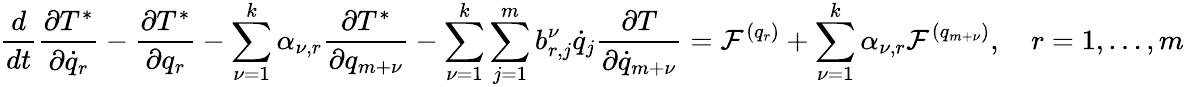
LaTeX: \frac{d}{dt}\frac{\partial T^{*}}{\partial{\dot{q}}_{r}}-\frac{\partial T^{*}}{\partial q_{r}}-\sum_{\nu=1}^{k}\alpha_{\nu,r}\frac{\partial T^{*}}{\partial q_{m+\nu}}-\sum_{\nu=1}^{k}\sum_{j=1}^{m}b_{r,j}^{\nu}{\dot{q}}_{j}\frac{\partial T}{\partial{\dot{q}}_{m+\nu}}={\mathcal F}^{(q_{r})}+\sum_{\nu=1}^{k}\alpha_{\nu,r}{\cal F}^{(q_{m+\nu})},\quad r=1,\dots,m